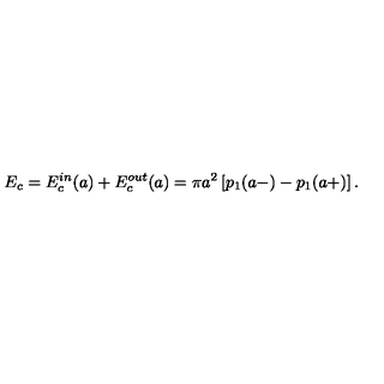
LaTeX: E _ { c } = E _ { c } ^ { i n } ( a ) + E _ { c } ^ { o u t } ( a ) = \pi a ^ { 2 } \left[ p _ { 1 } ( a - ) - p _ { 1 } ( a + ) \right] .